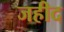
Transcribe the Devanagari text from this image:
जहीद